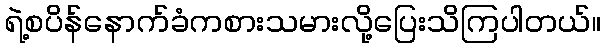
ရဲ့စပိန်နောက်ခံကစားသမားလို့ပြေးသိကြပါတယ်။